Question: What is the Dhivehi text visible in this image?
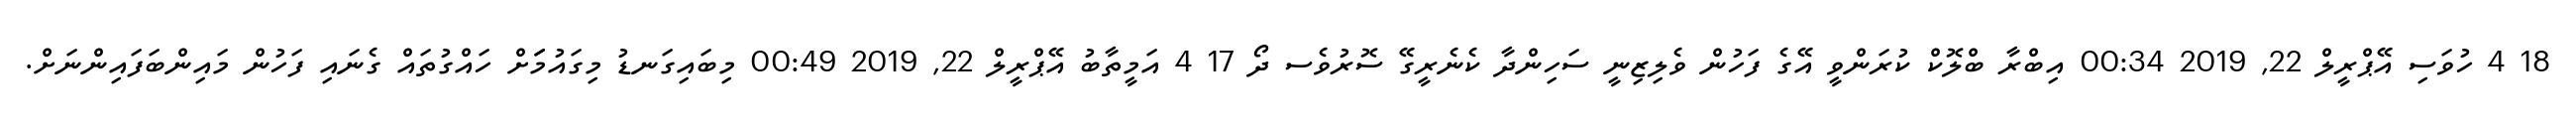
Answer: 18 4 ހުވަސި އޭޕްރީލް 22, 2019 00:34 އިބްރާ ބްލޮކް ކުރަންވީ އޭގެ ފަހުން ވެލިޒިނީ ސަހިންދާ ކެނެރީގޭ ސޮރުވެސ ދޯ 17 4 އަމީތާބު އޭޕްރީލް 22, 2019 00:49 މިބައިގަނޑު މިގައުމަަށް ހައްގުތައް ގެނައި ފަހުން މައިންބަފައިންނަށް.